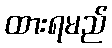
ထားရမည်